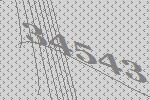
34543